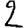
Digit: 2